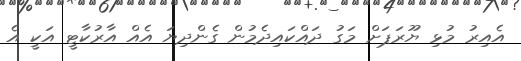
އެއިރު މުޅި ޔޫރަޕަށް މަގު ދައްކައިދެމުން ގެންދިޔަ އެއް އާރުކާޓީ އަކީ އެ